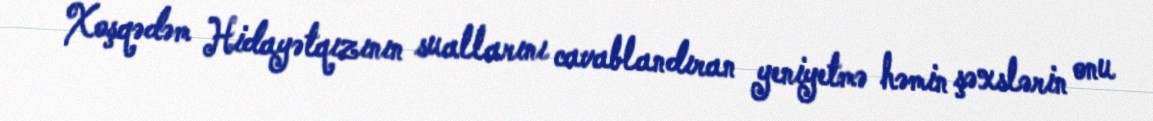
Xoşqədəm Hidayətqızının suallarını cavablandıran yeniyetmə həmin şəxslərin onu